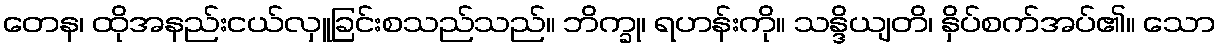
တေန၊ ထိုအနည်းငယ်လှူခြင်းစသည်သည်။ ဘိက္ခု၊ ရဟန်းကို။ သန္ဒိယျတိ၊ နှိပ်စက်အပ်၏။ သော